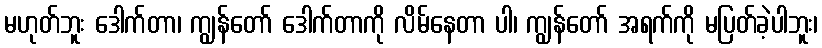
မဟုတ်ဘူး ဒေါက်တာ၊ ကျွန်တော် ဒေါက်တာကို လိမ်နေတာ ပါ၊ ကျွန်တော် အရက်ကို မပြတ်ခဲ့ပါဘူး၊